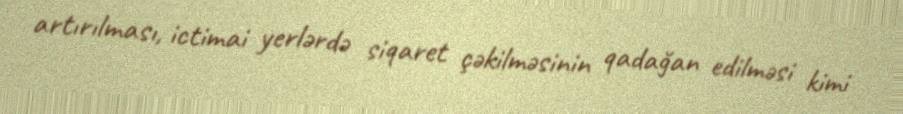
artırılması, ictimai yerlərdə siqaret çəkilməsinin qadağan edilməsi kimi